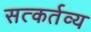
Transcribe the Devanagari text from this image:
सत्कर्तव्य